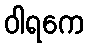
ဝါရကေ